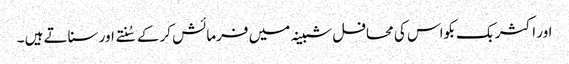
اور اکثر بک بکواس کی محافل شبینہ میں فرمائش کرکے سُنتے اور سناتے ہیں ۔